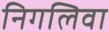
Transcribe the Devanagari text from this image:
निगलिवा